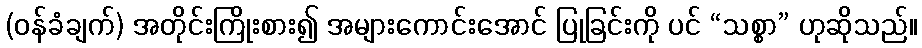
(ဝန်ခံချက်) အတိုင်းကြိုးစား၍ အများကောင်းအောင် ပြုခြင်းကို ပင် “သစ္စာ” ဟုဆိုသည်။